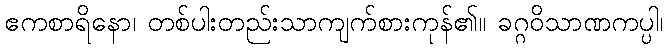
ဧကစာရိနော၊ တစ်ပါးတည်းသာကျက်စားကုန်၏။ ခဂ္ဂဝိသာဏကပ္ပါ၊